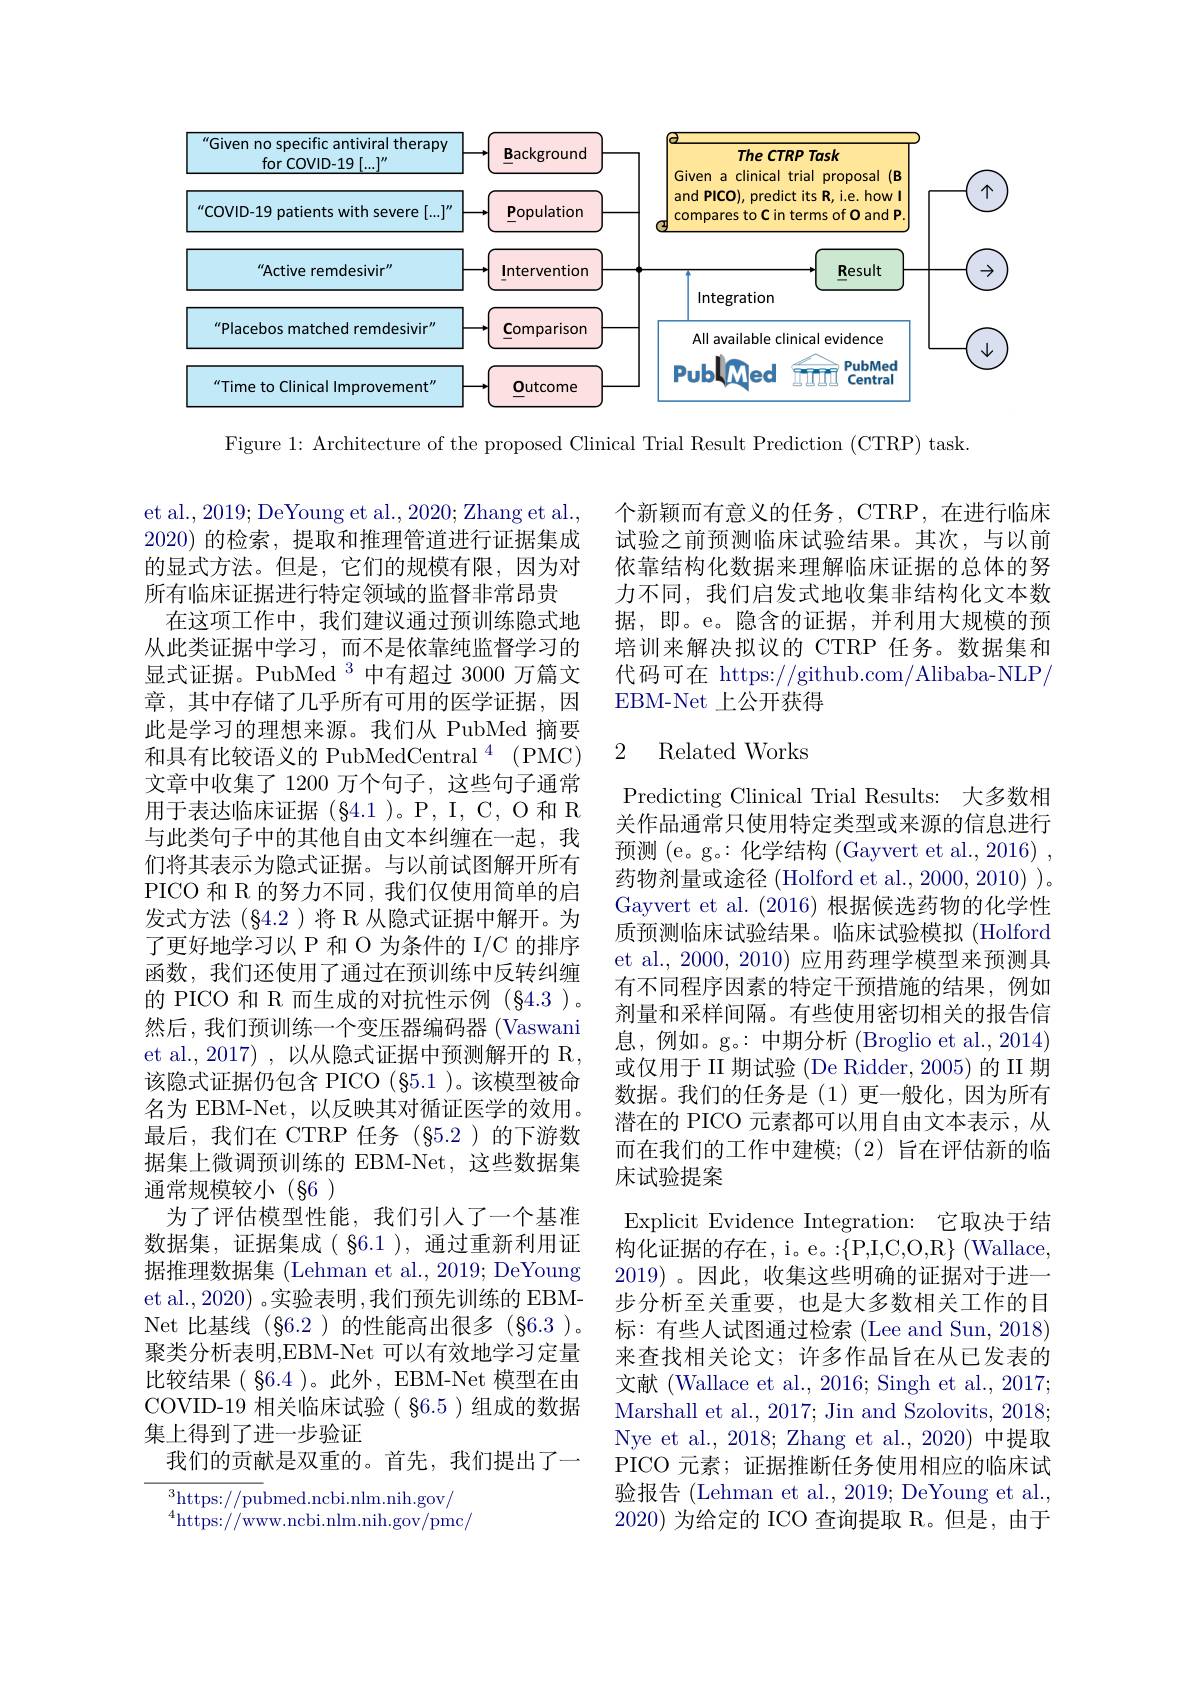
<FigureHere>

Figure 1: Architecture of the proposed Clinical Trial Result Prediction (CTRP) task.

个新颖而有意义的任务，CTRP, 在进行临床试验之前预测临床试验结果。其次，与以前依靠结构化数据来理解临床证据的总体的努力不同，我们启发式地收集非结构化文本数据，即。e。隐含的证据，并利用大规模的预培训来解决拟议的 CTRP 任务。数据集和代码可在 https://github.com/Alibaba-NLP/ EBM-Net 上公开获得

## 2 Related Works

et al., 2019; DeYoung et al., 2020; Zhang et al., 2020)的检索，提取和推理管道进行证据集成的显式方法。但是，它们的规模有限，因为对所有临床证据进行特定领域的监督非常昂贵
在这项工作中，我们建议通过预训练隐式地从此类证据中学习，而不是依靠纯监督学习的显式证据。PubMed $^{3}$中有超过 3000 万篇文章，其中存储了几乎所有可用的医学证据，因此是学习的理想来源。我们从 PubMed 摘要和具有比较语义的 PubMedCentral$^{4}($PMC) 文章中收集了 1200 万个句子，这些句子通常用于表达临床证据(§4.1)。P,I,C,O和R 与此类句子中的其他自由文本纠缠在一起，我们将其表示为隐式证据。与以前试图解开所有PICO 和 R 的努力不同，我们仅使用简单的启发式方法(§4.2)将 R 从隐式证据中解开。为了更好地学习以 P 和 O 为条件的 I/C 的排序函数，我们还使用了通过在预训练中反转纠缠的 PICO 和 R 而生成的对抗性示例 (§4.3 )。然后，我们预训练一个变压器编码器 (Vaswani et al., 2017) , 以从隐式证据中预测解开的 R 该隐式证据仍包含 PICO (§5.1 )。该模型被命名为 EBM-Net, 以反映其对循证医学的效用。最后，我们在 CTRP 任务(§5.2)的下游数据集上微调预训练的 EBM-Net,这些数据集通常规模较小(§6)
为了评估模型性能，我们引入了一个基准数据集，证据集成( §6.1 ), 通过重新利用证据推理数据集 (Lehman et al., 2019; DeYoung et al., 2020) 。实验表明 ,我们预先训练的 EBMNet 比基线 (§6.2 )的性能高出很多 (§6.3 )。聚类分析表明，EBM-Net 可以有效地学习定量比较结果( §6.4 )。此外，EBM-Net 模型在由COVID-19 相关临床试验( $\S6.5$)组成的数据集上得到了进一步验证
我们的贡献是双重的。首先，我们提出了一
$^3$https://pubmed.ncbi.nlm.nih.gov/

Predicting Clinical Trial Results: 大多数相关作品通常只使用特定类型或来源的信息进行预测 (e。g。:化学结构 (Gayvert et al., 2016) , 药物剂量或途径 (Holford et al., 2000, 2010) )。Gayvert et al. (2016) 根据候选药物的化学性质预测临床试验结果。临床试验模拟 (Holford et al., 2000, 2010) 应用药理学模型来预测具有不同程序因素的特定干预措施的结果，例如剂量和采样间隔。有些使用密切相关的报告信息，例如。g。:中期分析(Broglio et al.,2014) 或仅用于 II 期试验 (De Ridder, 2005) 的 II 期数据。我们的任务是(1)更一般化，因为所有潜在的 PICO 元素都可以用自由文本表示，从而在我们的工作中建模；(2)旨在评估新的临床试验提案
Explicit Evidence Integration: 它取决于结构化证据的存在，i。e。:$\{$P, I, C, O, R$\}$(Wallace, 2019)。因此，收集这些明确的证据对于进一步分析至关重要，也是大多数相关工作的目标：有些人试图通过检索 (Lee and Sun, 2018) 来查找相关论文；许多作品旨在从已发表的文献 (Wallace et al., 2016; Singh et al., 2017; Marshall et al. , 2017; Jin and Szolovits, 2018; Nye et al., 2018; Zhang et al.,2020) 中提取PICO 元素；证据推断任务使用相应的临床试验报告 (Lehman et al., 2019; DeYoung et al., 2020) 为给定的 ICO 查询提取 R。但是，由于

$^{4}$https://www.ncbi.nlm.nih.gov/pmc/